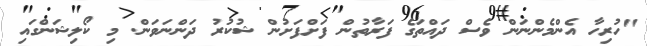
"ހުރިހާ އެންމެންނަން ވެސް ދައްތަގެ ފަރާތުން ފަށްފަށުން ޝުކުރު ދަންނަވަން. މި ކޯލިޝަންގައި